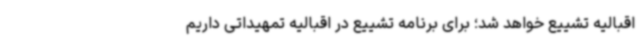
اقبالیه تشییع خواهد شد؛ برای برنامه تشییع در اقبالیه تمهیداتی داریم